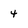
Character: 4